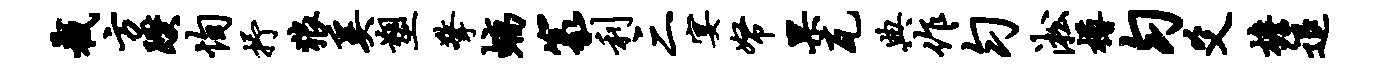
截方躞恂抒狼奚塑擎螭篆利三宴帑果瓦典作匀淞樽匀爻檐退